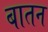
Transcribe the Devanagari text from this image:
बातन